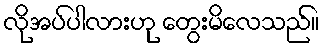
လိုအပ်ပါလားဟု တွေးမိလေသည်။